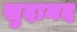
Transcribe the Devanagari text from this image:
सुदामद